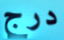
درج